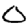
Digit: 0